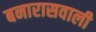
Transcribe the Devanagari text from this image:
बनारासवाली